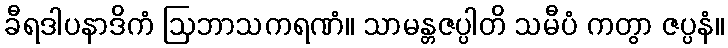
ခီရဒါပနာဒိကံ ဩဘာသကရဏံ။ သာမန္တဇပ္ပါတိ သမီပံ ကတွာ ဇပ္ပနံ။